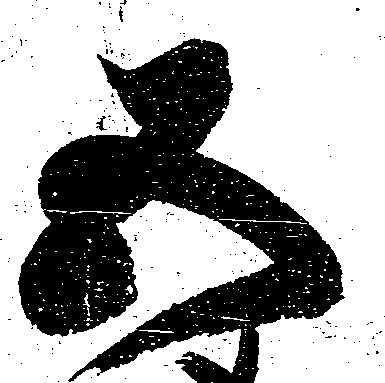
五